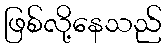
ဖြစ်လို့နေသည်